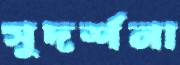
সুদর্শনা